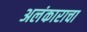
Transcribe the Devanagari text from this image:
अलंकाराचा